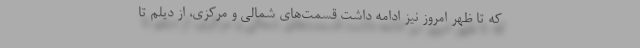
که تا ظهر امروز نیز ادامه داشت قسمت‌های شمالی و مرکزی، از دیلم تا